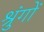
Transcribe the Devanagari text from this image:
श्रुंगों